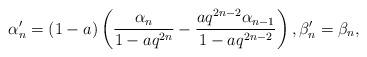
LaTeX: \begin{align*}\alpha'_n=(1-a)\left(\frac{\alpha_n}{1-aq^{2n}}-\frac{aq^{2n-2}\alpha_{n-1}}{1-aq^{2n-2}}\right), \beta'_n=\beta_n,\end{align*}